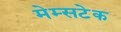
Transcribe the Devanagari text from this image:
मेम्सटेक